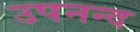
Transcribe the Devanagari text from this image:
उपनन्द